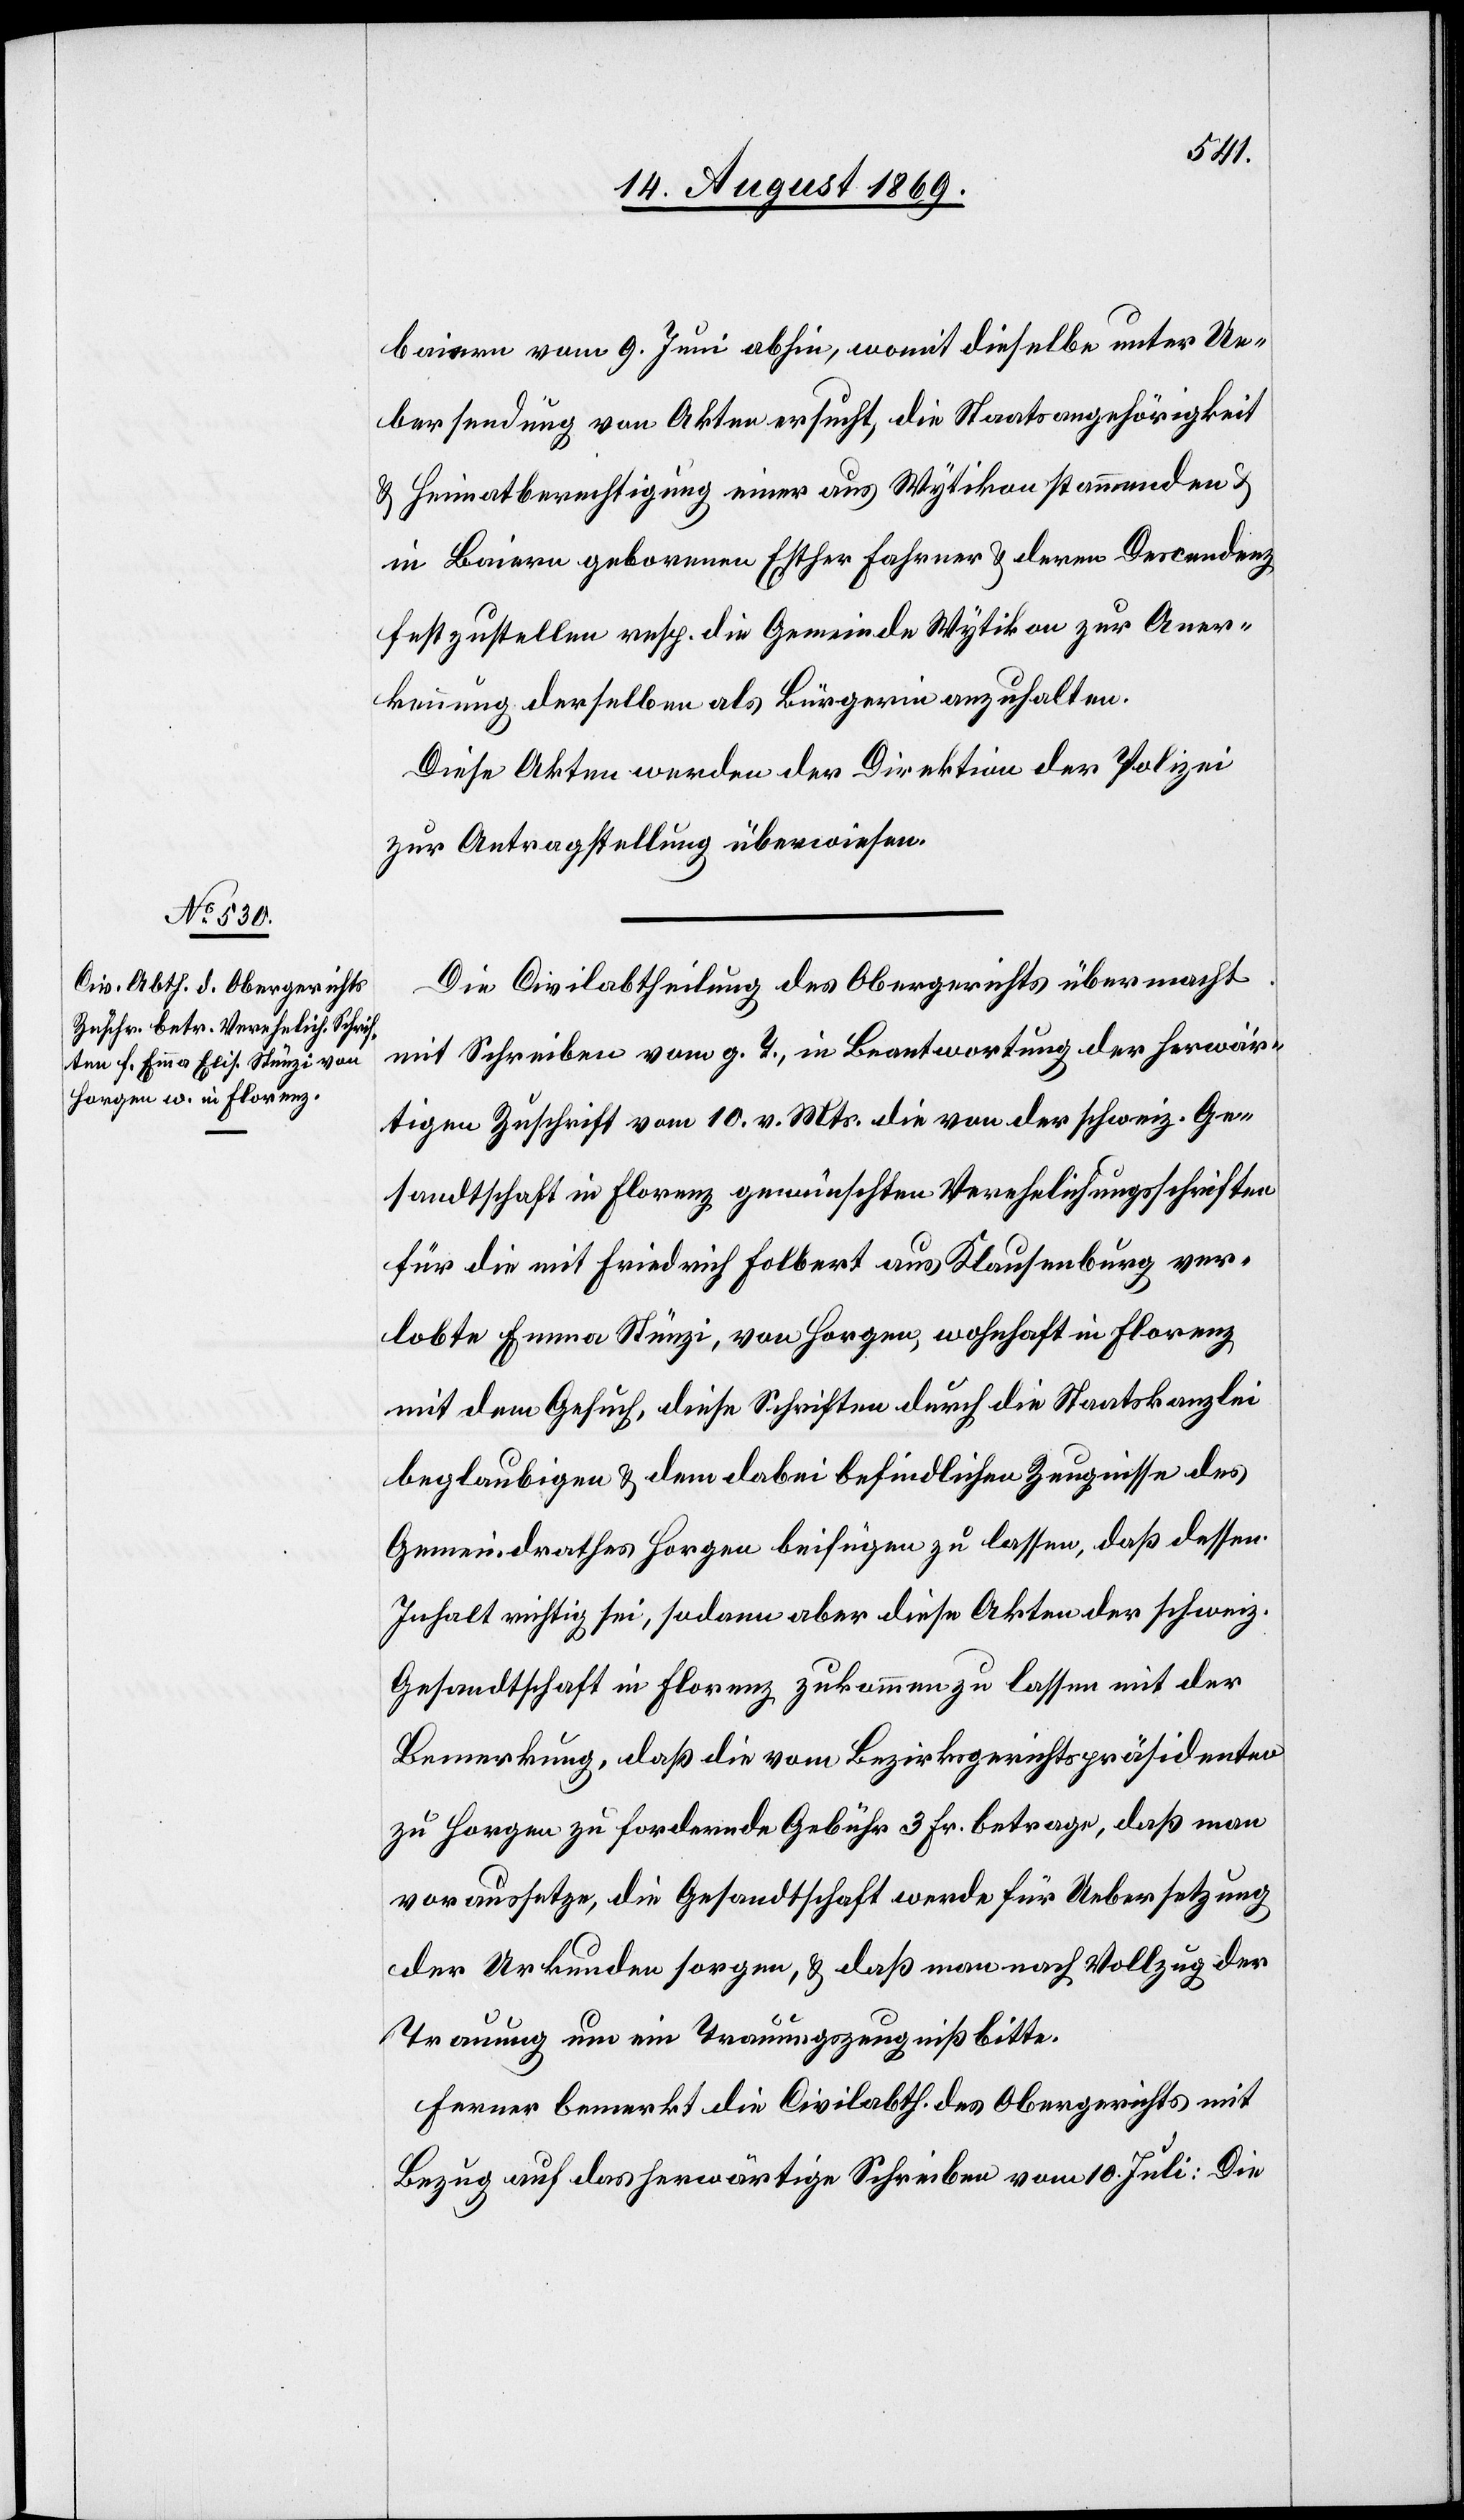
18. August 1869.]
baiern vom 9. Juni abhin, womit dieselbe unter Ue¬
bersendung von Akten ersucht, die Staatsangehörigkeit
& Heimatberechtigung einer aus Wytikon stammenden
in Baiern geborenen Esther Fahrner & deren Descendenz
festzustellen resp. die Gemeinde Wytikon zur Aner¬
kennung derselben als Bürgerin anzuhalten.
Diese Akten werden der Direktion der Polizei
zur Antragstellung überwiesen.
Die Civilabtheilung des Obergerichts übermacht
mit Schreiben vom g. T., in Beantwortung der herwär¬
tigen Zuschrift vom 10. v. Mts. die von der schweiz. Ge¬
sandtschaft in Florenz gewünschten Verehelichungsschriften
für die mit Friedrich Folbert aus Klausenburg ver¬
lobte Emma Stünzi, von Horgen, wohnhaft in Florenz
mit dem Gesuch, diese Schriften durch die Staatskanzlei
beglaubigen & dem dabei befindlichen Zeugnisse des
Gemeindrathes Horgen beifügen zu lassen, daß dessen
Inhalt richtig sei, sodann aber diese Akten der schweiz.
Gesandtschaft in Florenz zukommen zu lassen mit der
Bemerkung, daß die vom Bezirksgerichtspräsidenten
zu Horgen zu fordernde Gebühr 3 Fr. betrage, daß man
voraussetze, die Gesandtschaft werde für Uebersetzung
der Urkunden sorgen, & daß man nach Vollzug der
Trauung um ein Trauungszeugniß bitte.
Ferner bemerkt die Civilabth. des Obergerichts mit
Bezug auf das herwärtige Schreiben vom 10. Juli: Die